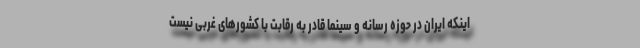
اینکه ایران در حوزه رسانه و سینما قادر به رقابت با کشورهای غربی نیست